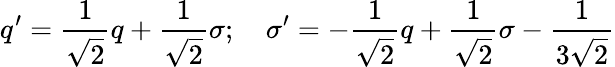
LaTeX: q^{\prime}=\frac{1}{\sqrt{2}}q+\frac{1}{\sqrt{2}}\sigma;\quad\sigma^{\prime}=-\frac{1}{\sqrt{2}}q+\frac{1}{\sqrt{2}}\sigma-\frac{1}{3\sqrt{2}}